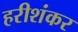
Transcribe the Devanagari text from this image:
हरीशंकर